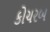
કોચરબ